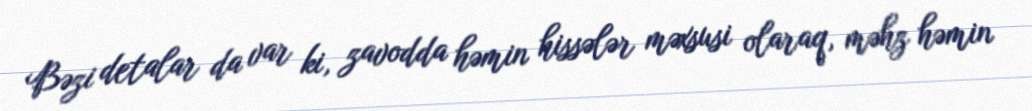
Bəzi detalar da var ki, zavodda həmin hissələr məxsusi olaraq, məhz həmin